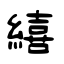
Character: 繥